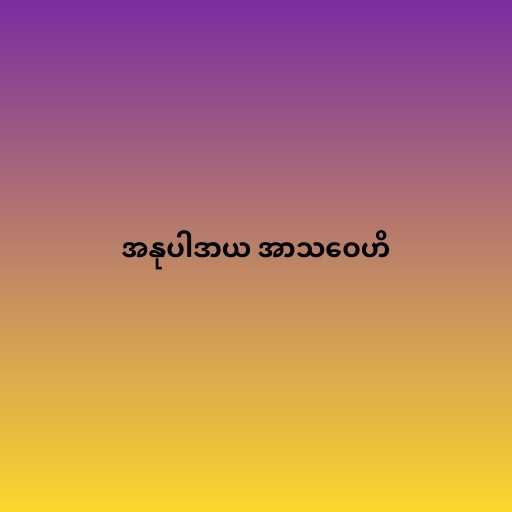
အနုပါဒာယ အာသဝေဟိ